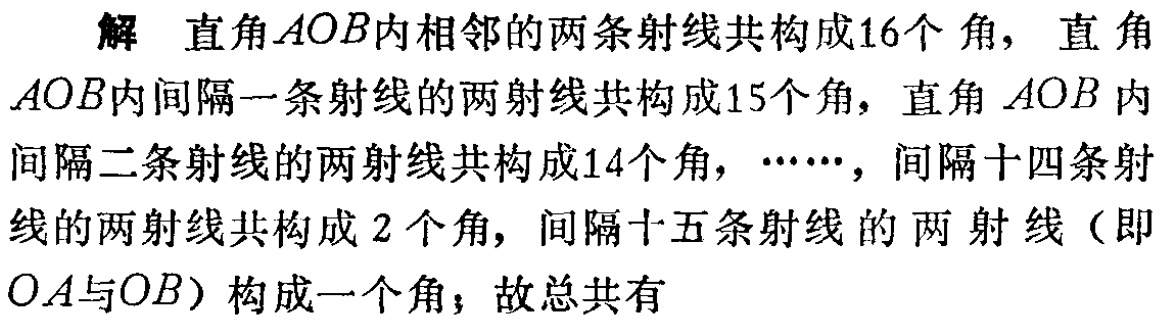
解 直角\(AOB\)内相邻的两条射线共构成\(16\)个角，直角\(AOB\)内间隔一条射线的两射线共构成\(15\)个角，直角\(AOB\)内间隔二条射线的两射线共构成\(14\)个角，\(\cdots\cdots\)，间隔十四条射线的两射线共构成\(2\)个角，间隔十五条射线的两射线（即\(OA\)与\(OB\)）构成一个角；故总共有